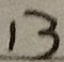
1 3